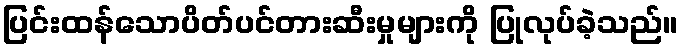
ပြင်းထန်သောပိတ်ပင်တားဆီးမှုများကို ပြုလုပ်ခဲ့သည်။